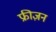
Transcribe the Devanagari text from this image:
फ्रीज़न